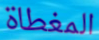
المغطاة